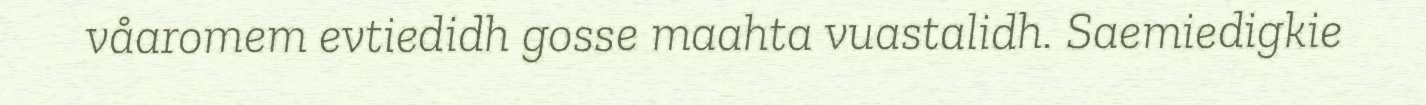
våaromem evtiedidh gosse maahta vuastalidh. Saemiedigkie